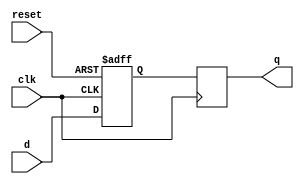
module dff_delay(
    input wire clk,
    input wire reset,
    input wire d,
    output reg q
);

reg q_delayed;

always @(posedge clk or posedge reset) begin
    if (reset) begin
        q_delayed <= 1'b0;
    end else begin
        q_delayed <= d;
    end
end

always @(posedge clk) begin
    q <= q_delayed;
end

endmodule